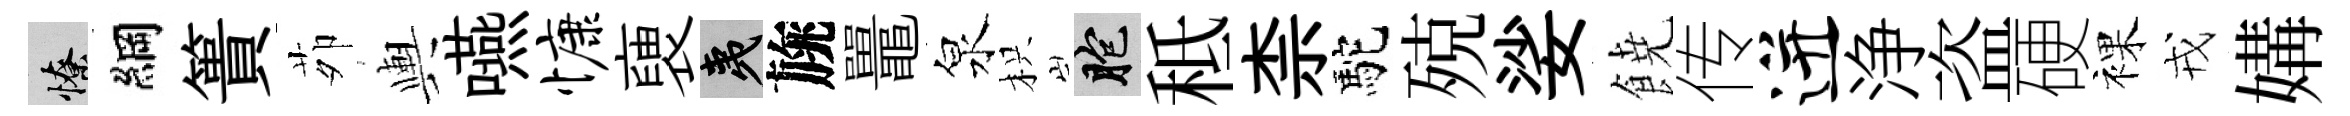
憭綱簣茆輿嚥慷褏夷旐鼉泉枳胞秪柰駝殑娑𩜙传迸浄盗硬裸戎媾